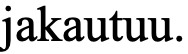
jakautuu.